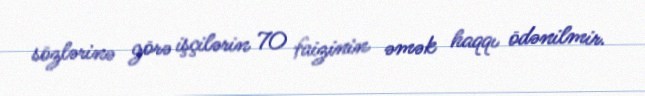
sözlərinə görə işçilərin 70 faizinin əmək haqqı ödənilmir.